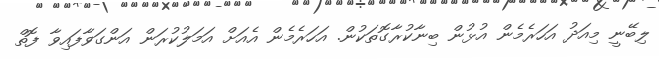
ލިބޭނީ މިއަދު އަހަރެމެން އުޅުން ބިނާކުރާގޮތަކުން. އަހަރެމެން އެއަށް އަމަލުކުރަން އަންގަވާފައިވާ ފޮތް